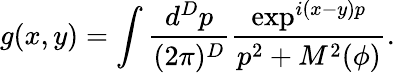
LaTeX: g(x,y)=\int\frac{d^{D}p}{(2\pi)^{D}}\frac{\exp^{i(x-y)p}}{p^{2}+M^{2}(\phi)}.